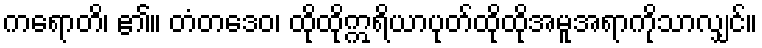
ကရောတိ၊ ၏။ တံတဒေဝ၊ ထိုထိုဣရိယာပုတ်ထိုထိုအမူအရာကိုသာလျှင်။